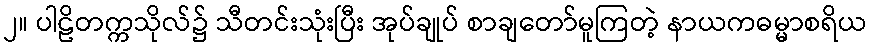
၂။ ပါဠိတက္ကသိုလ်၌ သီတင်းသုံးပြီး အုပ်ချုပ် စာချတော်မူကြတဲ့ နာယကဓမ္မာစရိယ